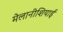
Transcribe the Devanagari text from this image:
मेलानीशियाई